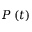
P \left( t \right)